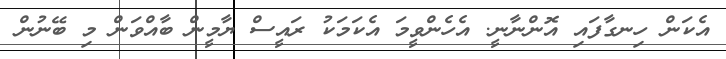
އެކަން ހިނގާފައި އޮންނާނީ. އެހެންވީމަ އެކަމަކު ރައީސް ޔާމީން ބާއްވަން މި ބޭނުން